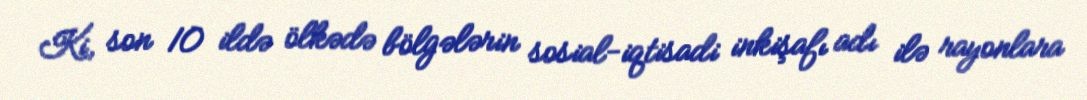
Ki, son 10 ildə ölkədə bölgələrin sosial-iqtisadi inkişafı adı ilə rayonlara